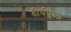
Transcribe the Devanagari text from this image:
दीर्घपुच्छ